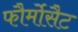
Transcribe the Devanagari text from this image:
फौर्मोसैट